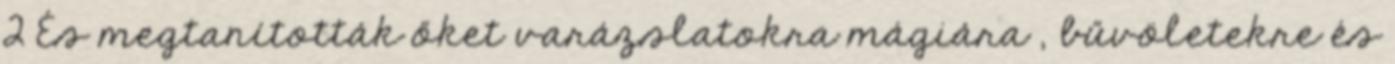
2 És megtanították őket varázslatokra mágiára , bűvöletekre és